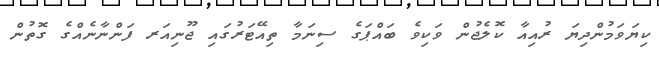
ކިޔަވަމުންދިޔަ ރުއިއާ ކޮލެޖުން ވަކިވެ ބައްޕަގެ ސިނަމާ ތިއޭޓަރުގައި ޖޫނިއަރ ފަންނާނެއްގެ ގޮތުން